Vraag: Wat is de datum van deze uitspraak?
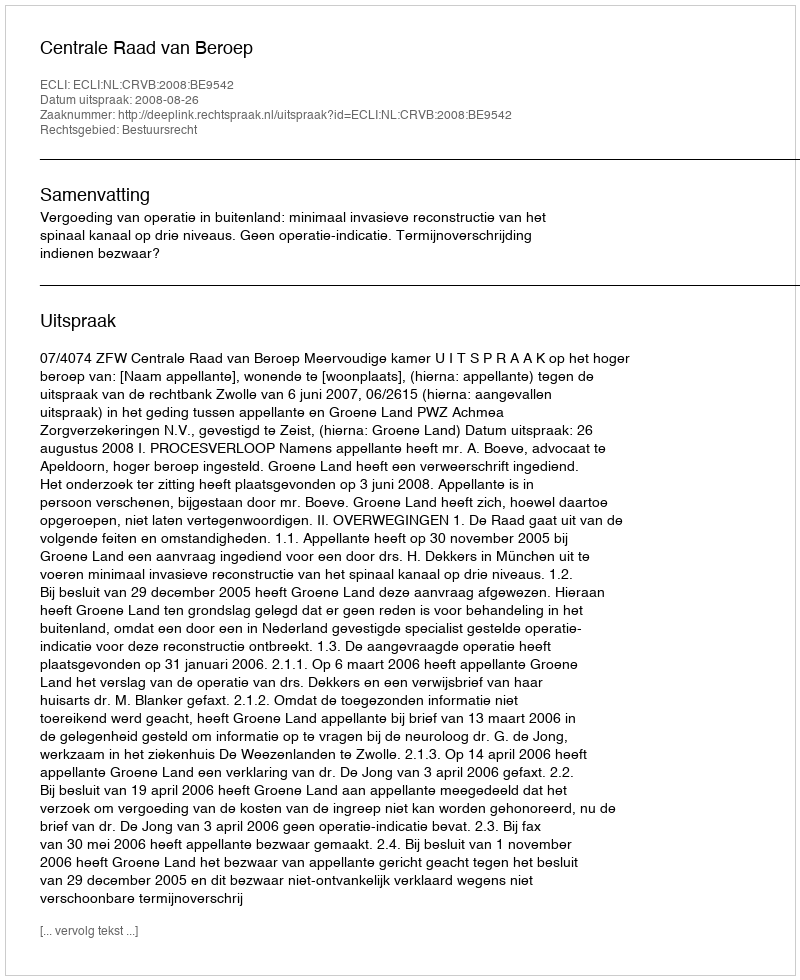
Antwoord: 2008-08-26